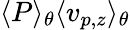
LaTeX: \langle P\rangle_{\theta}\langle v_{p,z}\rangle_{\theta}